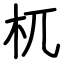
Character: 杌